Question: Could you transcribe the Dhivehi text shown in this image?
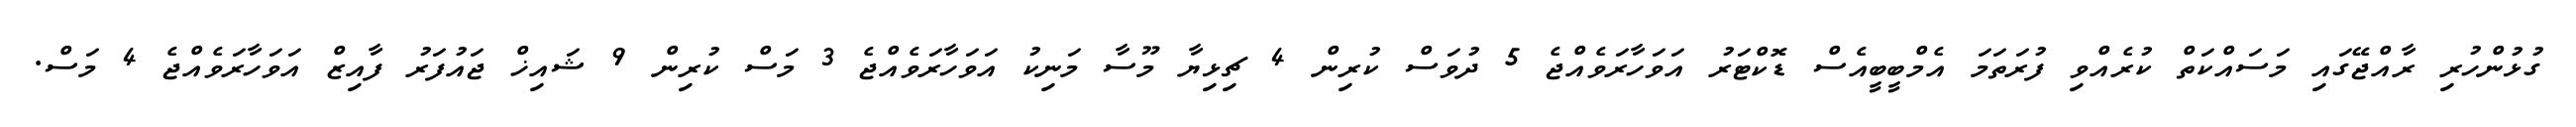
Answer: ގުޅުންހުރި ރާއްޖޭގައި މަސައްކަތް ކުރެއްވި ފުރަތަމަ އެމްބީބީއެސް ޑޮކްޓަރު އަވަހާރަވެއްޖެ 5 ދުވަސް ކުރިން 4 ޗިޅިޔާ މޫސާ މަނިކު އަވަހާރަވެއްޖެ 3 މަސް ކުރިން 9 ޝައިޚް ޖައުފަރު ފާއިޒް އަވަހާރަވެއްޖެ 4 މަސް.